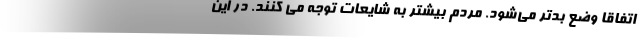
اتفاقا وضع بدتر می‌شود. مردم بیشتر به شایعات توجه می کنند. در این